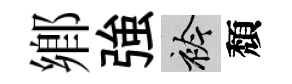
鄉強衿頽